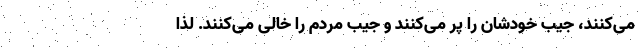
می‌کنند، جیب خودشان را پر می‌کنند و جیب مردم را خالی می‌کنند. لذا